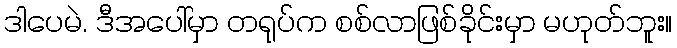
ဒါပေမဲ. ဒီအပေါ်မှာ တရုပ်က စစ်လာဖြစ်ခိုင်းမှာ မဟုတ်ဘူး။